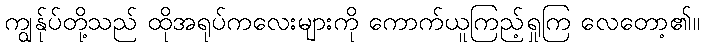
ကျွန်ုပ်တို့သည် ထိုအရုပ်ကလေးများကို ကောက်ယူကြည့်ရှုကြ လေတော့၏။